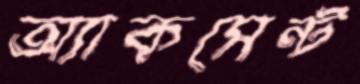
অ্যাকসেন্ট